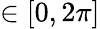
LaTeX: \in[0,2\pi]